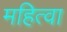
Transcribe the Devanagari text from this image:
महित्वा